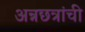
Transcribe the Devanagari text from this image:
अन्नछत्रांची